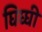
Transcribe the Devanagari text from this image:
घिघ्घी